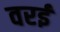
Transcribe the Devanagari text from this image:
वरई